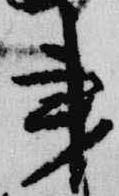
秉